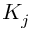
K _ { j }